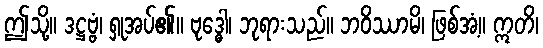
ဤသို့။ ဒဋ္ဌဗ္ဗံ၊ ရှုအပ်၏။ ဗုဒ္ဓေါ၊ ဘုရားသည်။ ဘဝိဿာမိ၊ ဖြစ်အံ့။ ဣတိ၊